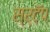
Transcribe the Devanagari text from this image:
स्र्टॅप